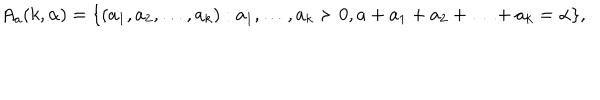
A _ { a } ( k , \alpha ) = \{ ( a _ { 1 } , a _ { 2 } , \ldots , a _ { k } ) : a _ { 1 } , \ldots , a _ { k } \succ 0 , a + a _ { 1 } + a _ { 2 } + \ldots + a _ { k } = \alpha \} ,